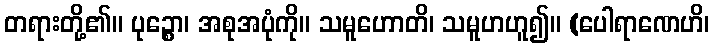
တရားတို့၏။ ပုဉ္စော၊ အစုအပုံကို။ သမူဟောတိ၊ သမူဟဟူ၍။ (ပေါရာဏေဟိ၊